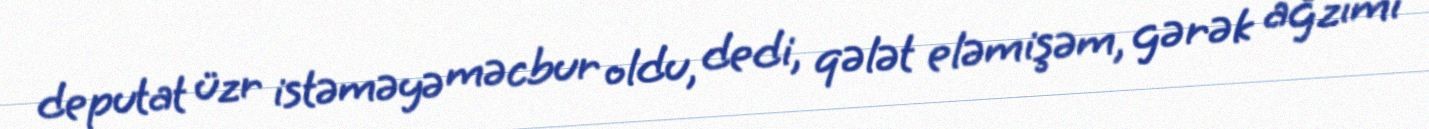
deputat üzr istəməyə məcbur oldu, dedi, qələt eləmişəm, gərək ağzımı